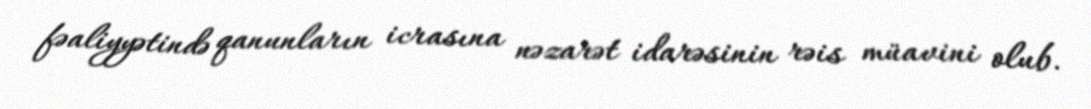
fəaliyyətində qanunların icrasına nəzarət idarəsinin rəis müavini olub.